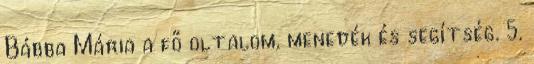
Bábba Mária a fő oltalom, menedék és segítség. 5.